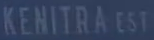
KENITRA CST